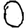
Digit: 0